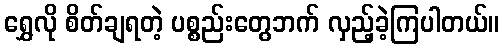
ရွှေလို စိတ်ချရတဲ့ ပစ္စည်းတွေဘက် လှည့်ခဲ့ကြပါတယ်။